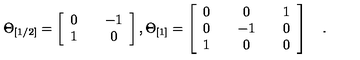
\Theta _ { [ 1 / 2 ] } = \left[ \begin{array} { c c c } { 0 } & { { } } & { - 1 } \\ { 1 } & { { } } & { 0 } \\ \end{array} \right] , \Theta _ { [ 1 ] } = \left[ \begin{array} { c c c c c } { 0 } & { { } } & { 0 } & { { } } & { 1 } \\ { 0 } & { { } } & { - 1 } & { { } } & { 0 } \\ { 1 } & { { } } & { 0 } & { { } } & { 0 } \\ \end{array} \right] \quad .